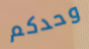
وحدكم